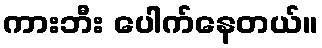
ကားဘီး ပေါက်နေတယ်။